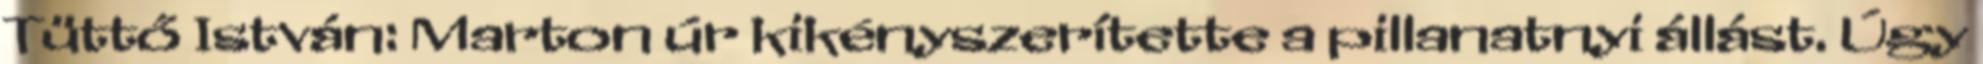
Tüttő István: Marton úr kikényszerítette a pillanatnyi állást. Úgy